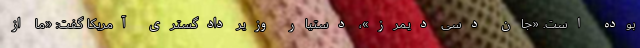
بوده است. «جان دسی دیمرز»، دستیار وزیر دادگستری آمریکا گفت: «ما از